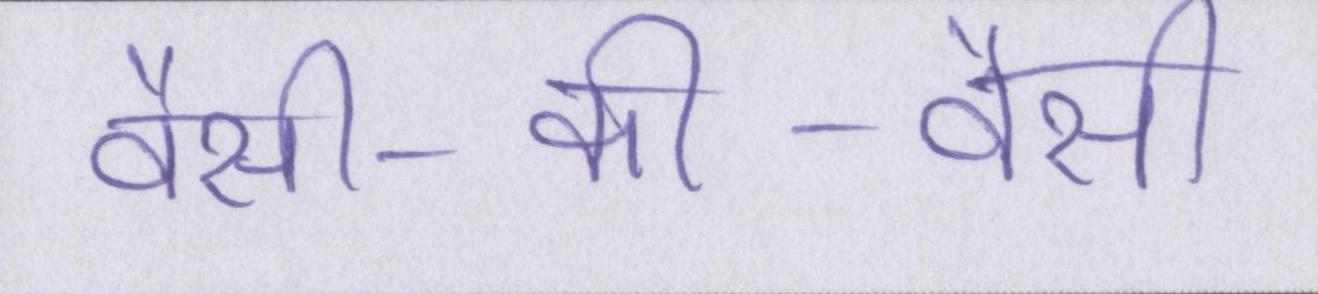
वैसी-की-वैसी